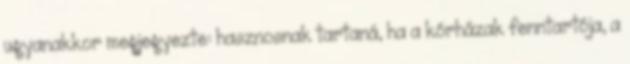
ugyanakkor megjegyezte: hasznosnak tartaná, ha a kórházak fenntartója, a